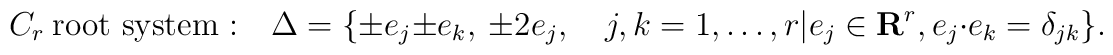
C_r\ \mbox{root system :}\quad \Delta=\{\pm e_j\pm e_k,\    \pm 2e_j, \quad j,k=1,\ldots,r|   e_j\in{\bf R}^r, e_j\cdot e_k=\delta_{jk}\}.